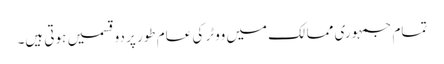
تمام جمہوری ممالک میں ووٹر کی عام طور پر دو قسمیں ہوتی ہیں۔